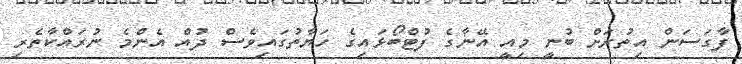
ފާގަސަން އިތުރަށް ބުނީ މިއީ އޭނާގެ ފުޓްބޯޅައިގެ ހަޔާތުގައިވެސް ދުއް އެންމެ ނުރައްކާތެރި